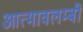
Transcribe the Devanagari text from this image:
आत्मावलम्बी